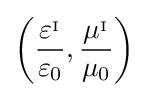
\left({\frac {\varepsilon ^{_{\mathrm {I} }}}{\varepsilon _{0}}},{\frac {\mu ^{_{\mathrm {I} }}}{\mu _{0}}}\right)